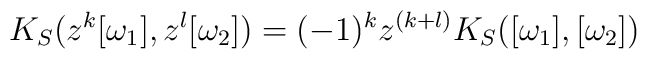
K_S(z ^k [ \omega_1] ,  z^l  [\omega_2 ] )= (-1)^k  z^{(k+l)} K_S([\omega_1] ,[ \omega_2 ] )